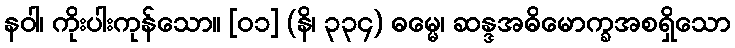
နဝါ၊ ကိုးပါးကုန်သော။ [၀၁] (နိ၊ ၃၃၄) ဓမ္မေ၊ ဆန္ဒအဓိမောက္ခအစရှိသော